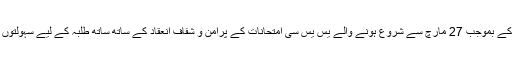
ڈسٹرکٹ ایجوکیشنل آفیسر حیدرآباد مسٹر سبا ریڈی کے بموجب 27 مارچ سے شروع ہونے والے یس یس سی امتحانات کے پرامن و شفاف انعقاد کے ساتھ ساتھ طلبہ کے لیے سہولتوں کی فراہمی کے سلسلہ میں بھی جائزہ لیا جارہا ہے ۔